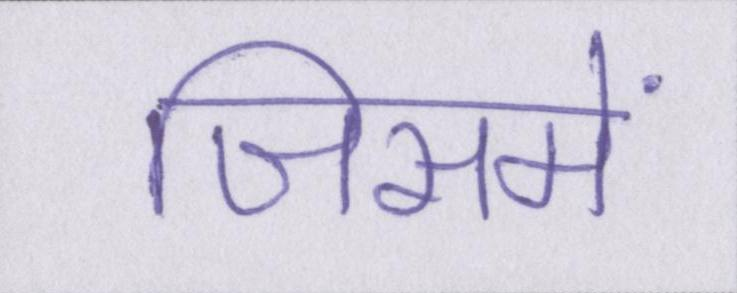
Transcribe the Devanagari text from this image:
जिसमें